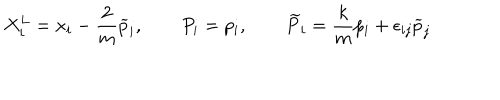
X _ { i } ^ { L } = x _ { i } - \frac { 2 } { m } \widetilde { p } _ { i } , \qquad P _ { i } = p _ { i } , \qquad \widetilde { P } _ { i } = \frac { k } { m } p _ { i } + \epsilon _ { i j } \widetilde { p } _ { j } \,